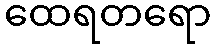
ထေရတရော